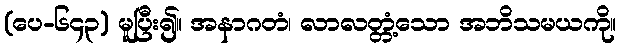
(ပေ-၆၄၃) မူပြီး၍။ အနာဂတံ၊ လာလတ္တံ့သော အဘိသမယကို။